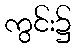
ကွင်း၌